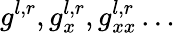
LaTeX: {{g}^{l,r}},g_{x}^{l,r},g_{xx}^{l,r}\ldots